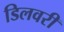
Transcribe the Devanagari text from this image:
डिलवरी